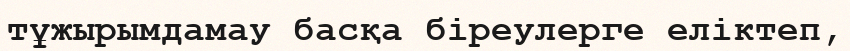
тұжырымдамау басқа біреулерге еліктеп,